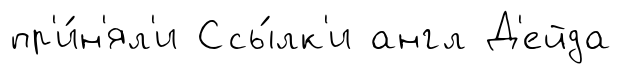
пр'и́н'ял'и Ссы́лк'и англ Д'ейда